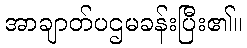
အာချာတ်ပဌမခန်းပြီး၏။